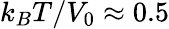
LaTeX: k_{B}T/V_{0}\approx 0.5